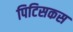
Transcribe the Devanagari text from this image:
पिटिसकस